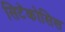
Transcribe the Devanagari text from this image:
सिटॅकोसिस